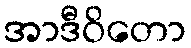
အာဒီဝိတော